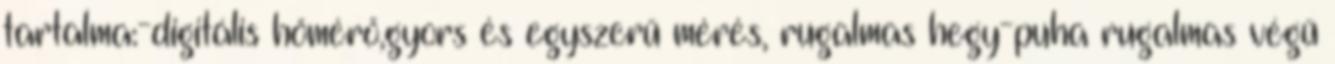
tartalma:-digitális hőmérő,gyors és egyszerű mérés, rugalmas hegy-puha rugalmas végű